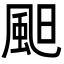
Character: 䫻